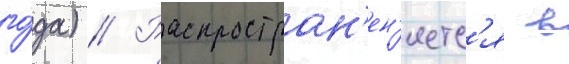
го́да) // Распростран'ен'яетс'я в